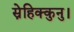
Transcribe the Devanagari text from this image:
स्नेहिक्कुनु।